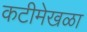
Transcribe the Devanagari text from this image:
कटीमेखळा